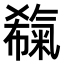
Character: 𣱬